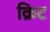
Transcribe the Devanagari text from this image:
क्रिट